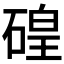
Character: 𱴜